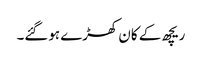
ریچھ کے کان کھڑے ہوگئے۔